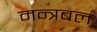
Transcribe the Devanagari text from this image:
मन्त्रबल